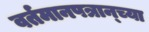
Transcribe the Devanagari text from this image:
वर्तमानपत्रान्च्या